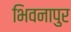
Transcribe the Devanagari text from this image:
भिवनापुर